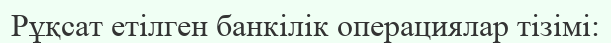
Рұқсат етілген банкілік операциялар тізімі: